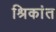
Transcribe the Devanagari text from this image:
श्रिकांत